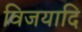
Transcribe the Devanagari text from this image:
विजयादि